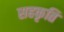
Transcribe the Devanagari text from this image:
सहकृति